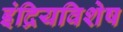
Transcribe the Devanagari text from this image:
इंद्रियविशेष